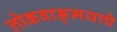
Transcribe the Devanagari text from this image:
लोकवाङ्‌मयाचे